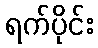
ရက်ပိုင်း